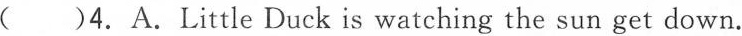
( )4.A.Little Duck is watching the sun get down.